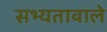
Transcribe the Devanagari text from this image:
सभ्यतावाले